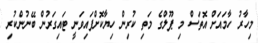
މިހާރު ހާމައަށް އޮތަސް މި ޕޫލްގެ މަތި ކުރިން ހިޔާކޮށްފައިވަނީ ޓައިގަރުން ބޭނުންކުރި